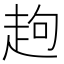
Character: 䞤